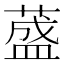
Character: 𦼦